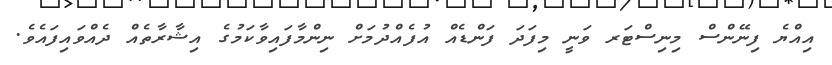
އިއްޔެ ފިނޭންސް މިނިސްޓަރ ވަނީ މިފަދަ ފަންޑެއް އުފެއްދުމަށް ނިންމާފައިވާކަމުގެ އިޝާރާތެއް ދެއްވައިފައެވެ.